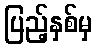
ပြည့်နှစ်မှ